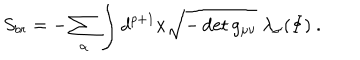
S _ { b r } = - \sum _ { \alpha } \int d ^ { p + 1 } x \sqrt { - \det g _ { \mu \nu } } \; \lambda _ { \alpha } ( \Phi ) ~ .